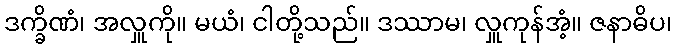
ဒက္ခိဏံ၊ အလှူကို။ မယံ၊ ငါတို့သည်။ ဒဿာမ၊ လှူကုန်အံ့။ ဇနာဓိပ၊